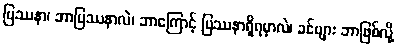
ပြဿနာ၊ ဘာပြဿနာလဲ၊ ဘာကြောင့် ပြဿနာရှိရမှာလဲ၊ ခင်ဗျား ဘာဖြစ်လို့